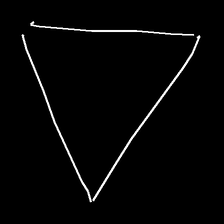
Glyph: convergence